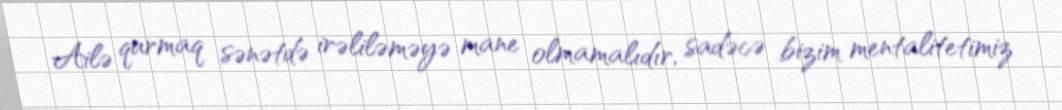
Ailə qurmaq sənətdə irəliləməyə mane olmamalıdır, sadəcə bizim mentalitetimiz